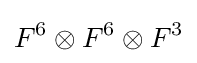
F^{6}\otimes F^{6}\otimes F^{3}